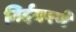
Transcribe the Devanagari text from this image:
निर्दयपणे